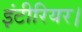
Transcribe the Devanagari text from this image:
इंटीरियर।